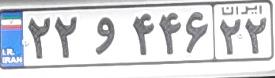
۲۲و۴۴۶۲۲